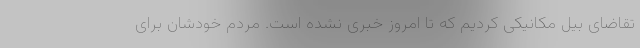
تقاضای بیل مکانیکی کردیم که تا امروز خبری نشده است. مردم خودشان برای